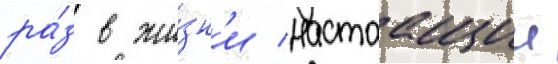
ра́з в жи́зн'и настоащии